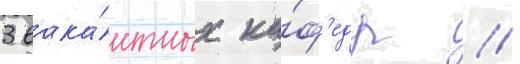
3 вака́нтных ка́ф'едр //